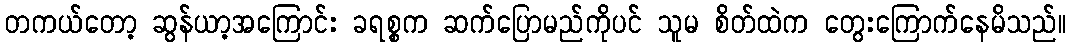
တကယ်တော့ ဆွန်ယာ့အကြောင်း ခရစ္စက ဆက်ပြောမည်ကိုပင် သူမ စိတ်ထဲက တွေးကြောက်နေမိသည်။